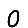
Digit: 0